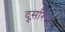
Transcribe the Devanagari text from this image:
दुसरिया